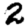
Digit: 2